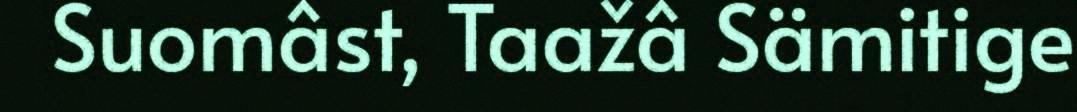
Suomâst, Taažâ Sämitige